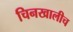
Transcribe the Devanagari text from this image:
चिनखालीच